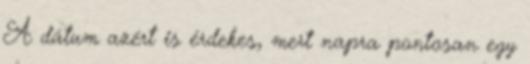
A dátum azért is érdekes, mert napra pontosan egy